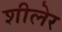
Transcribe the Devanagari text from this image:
शीलेर